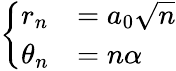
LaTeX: \begin{array}{r}{\left\{ \begin{array}{ll}{r_{n}}&{=a_{0}\sqrt{n}}\\ {\theta_{n}}&{=n\alpha}\end{array}\right.}\end{array}